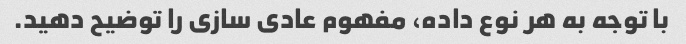
با توجه به هر نوع داده، مفهوم عادی سازی را توضیح دهید.